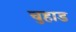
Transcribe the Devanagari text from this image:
चुहाड